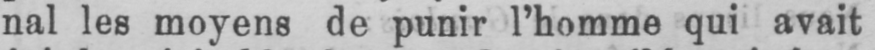
nal les moyens de punir l’homme qui avait